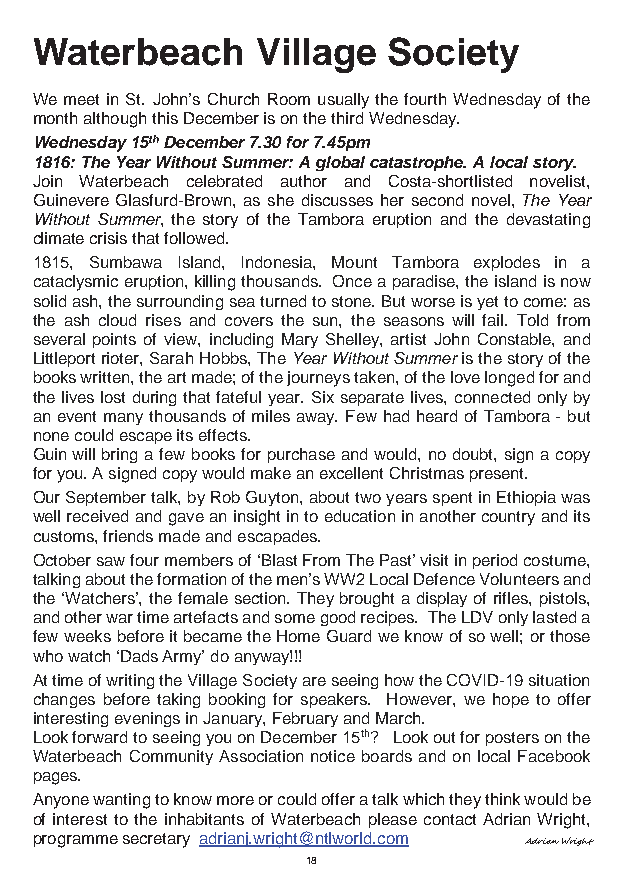
Waterbeach     Village  Society
 We meet in St. John’s Church Room usually the fourth Wednesday of the
 month although this December is on the third Wednesday.
 Wednesday 15th December 7.30 for 7.45pm
 1816: The Year Without Summer: A global catastrophe. A local story.
 Join Waterbeach celebrated author and Costa-shortlisted novelist,
 Guinevere Glasfurd-Brown, as she discusses her second novel, The Year
 Without Summer, the story of the Tambora eruption and the devastating
 climate crisis that followed.
 1815, Sumbawa Island, Indonesia, Mount Tambora explodes in a
 cataclysmic eruption, killing thousands. Once a paradise, the island is now
 solid ash, the surrounding sea turned to stone. But worse is yet to come: as
 the ash cloud rises and covers the sun, the seasons will fail. Told from
 several points of view, including Mary Shelley, artist John Constable, and
 Littleport rioter, Sarah Hobbs, The Year Without Summer is the story of the
 books written, the art made; of the journeys taken, of the love longed for and
 the lives lost during that fateful year. Six separate lives, connected only by
 an event many thousands of miles away. Few had heard of Tambora - but
 none could escape its effects.
 Guin will bring a few books for purchase and would, no doubt, sign a copy
 for you. A signed copy would make an excellent Christmas present.
 Our September talk, by Rob Guyton, about two years spent in Ethiopia was
 well received and gave an insight in to education in another country and its
 customs, friends made and escapades.
 October saw four members of ‘Blast From The Past’ visit in period costume,
 talking about the formation of the men’s WW2 Local Defence Volunteers and
 the ‘Watchers’, the female section. They brought a display of rifles, pistols,
 and other war time artefacts and some good recipes. The LDV only lasted a
 few weeks before it became the Home Guard we know of so well; or those
 who watch ‘Dads Army’ do anyway!!!
 At time of writing the Village Society are seeing how the COVID-19 situation
 changes before taking booking for speakers. However, we hope to offer
 interesting evenings in January, February and March.
 Look forward to seeing you on December 15th? Look out for posters on the
 Waterbeach Community Association notice boards and on local Facebook
 pages.
 Anyone wanting to know more or could offer a talk which they think would be
 of interest to the inhabitants of Waterbeach please contact Adrian Wright,
 programme secretary adrianj.wright@ntlworld.com
 Adrian Wright
 18